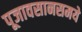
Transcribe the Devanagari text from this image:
पूजावसानसमये